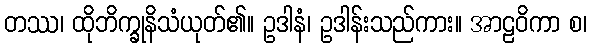
တဿ၊ ထိုဘိက္ခုနိသံယုတ်၏။ ဥဒါနံ၊ ဥဒါန်းသည်ကား။ အာဠဝိကာ စ၊